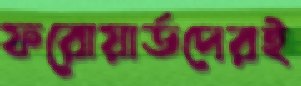
ফরোয়ার্ডদেরই